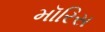
મૉરિસ